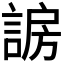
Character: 𬢰